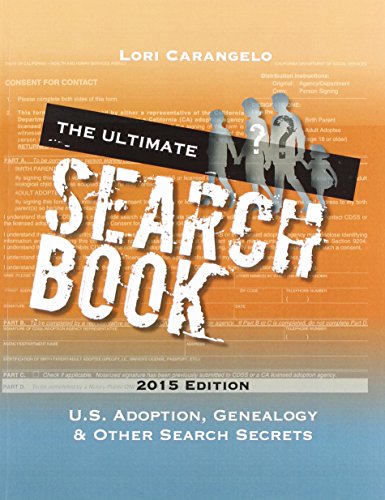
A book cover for The Ultimate Search Book: U.S. Adoption, Genealogy & Other Search Secrets; Lori Carangelo; Parenting & Relationships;